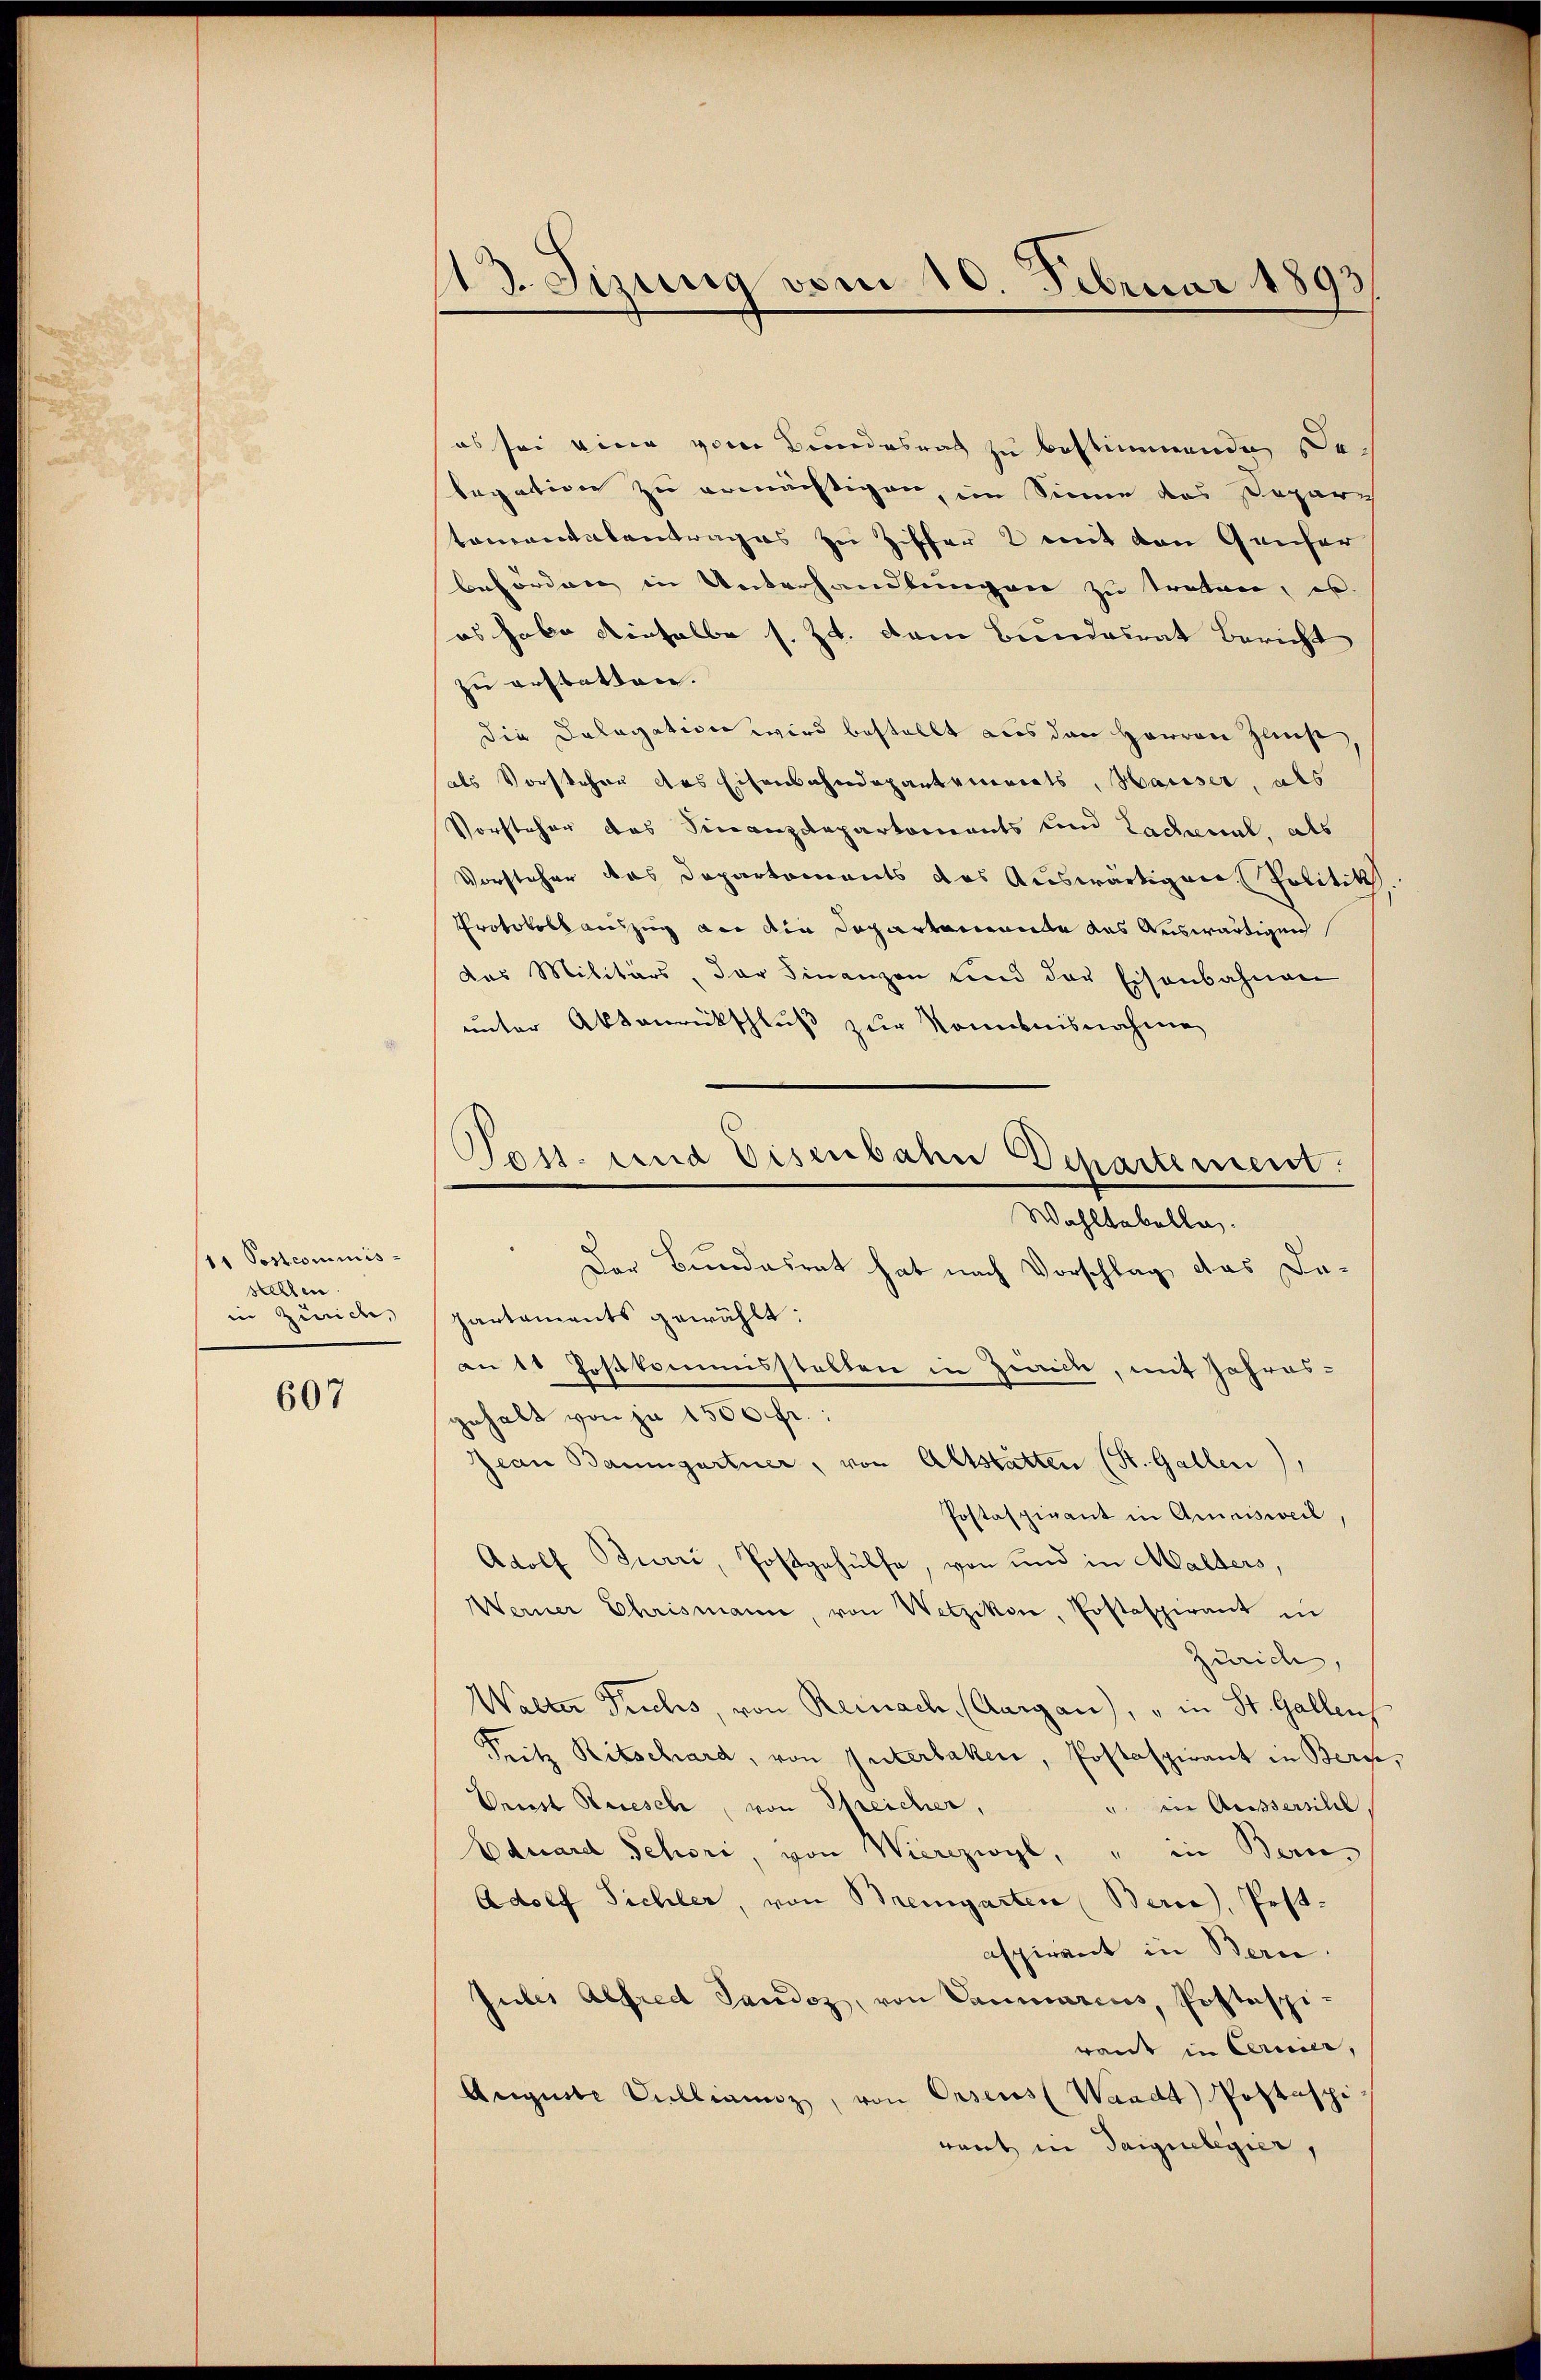
11 Postcommis-
stellen.
in Zürich,

607

13. Jizung vom 10. Februar 1893

es sei eine vom Bundesrath zu bestimmenden Delegation zu ermächtigen, im Sinne das Papare
tamentalantrages zu Ziffer 2 mit den Genfer
behörden in Unterhandlungen zu treten, es
es habe dieselbe s. Zt. dem Bundesrat Bericht
zu erstatten.
die Dologation wird bestellt aus den Herren Zins
als Vorstehen des Eisenbahndepartements, Hauser, als
Vorsteher des Finanzdepartements und Ladenal, als
Vorsteher des Departements des Auswärtigen Politik
Protokoll auszug an die Departemende aus Auswärtigung
das Militärs, der Finanzen und der Eisenbahnen
unter Aktenrückschluß zur Nomibnisnahme
Der Bundesrat hat nach Vorschlag das Dapartaments gewählt:
an 10 Postkamensstellen in Zwicke, mit Jahres-
gehalt von je 1500 fr.
Jean Baumgartner, von Altstatten (St. Gallen)
Postaszigant in Amrisweil,
Adolf Burri, Postgehülfe, von und in Malters,
Werner Chrismann, von Wetzikon, Postaspirant in
Zürich,
Walter Fruchs, von Reinach (Aargau), " in St. Gallen
Pritz Ritschard, von Interlaken, Postaspirant in Bern,
Veust Reisch, von Streicher,
" in Ausserschl
Aduard Schori, von Wierczwyl, " in Bern,
Adolf Sichler, von Bremgarten Bern, Post.
aspirant in Berne.
Jules Alfred Sandoz, von Lammarius, Postspi
raut in Carrier,
Auguste Dulliaunz, von Oesens (Waadt Postspi
rent in Saiguilegier,

Tass- und Disenbahn Departement.
Wahlkabelle.